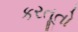
કરતૂતો